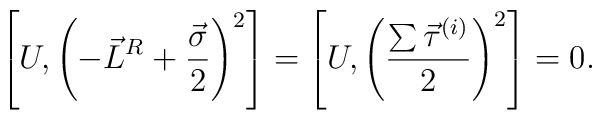
\left[U, \left( -\vec{L}^R+\frac{\vec{\sigma}}{2} \right)^2 \right] = \left[U, \left(\frac{\sum \vec{\tau}^{(i)}}{2}\right)^2 \right]= 0.